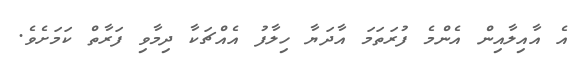
އެ އާއިލާއިން އެންމެ ފުރަތަމަ އާދަޔާ ހިލާފު އެއްޗަކާ ދިމާވި ފަރާތް ކަމަށެވެ.